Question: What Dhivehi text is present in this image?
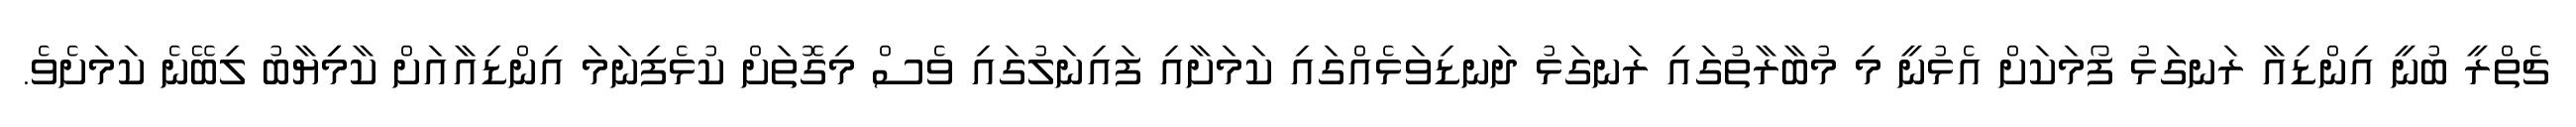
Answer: ޗެތްރީ ބުނީ އިންޑިއާ ރަނގަޅު ފޯމަކަށް އެޅުނީ މި މުބާރާތުގައި ރަނގަޅު ދަނޑިވަޅެއްގައި ކަމަށާއި ފައިނަލުގައި ވެސް މިގޮތަށް ކުޅެފިނަމަ އިންޑިއާއަށް ކާމިިޔާބު ލިބޭނެ ކަމަށެވެ.